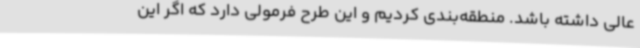
عالی داشته باشد. منطقه‌بندی کردیم و این طرح فرمولی دارد که اگر این